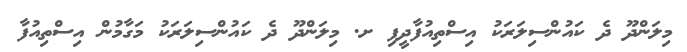
މިލަންދޫ ދެ ކައުންސިލަރަކު އިސްތިއުފާދީފި ށ. މިލަންދޫ ދެ ކައުންސިލަރަކު މަގާމުން އިސްތިއުފާ